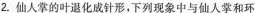
2.仙人掌的叶退化成针形，下列现象中与仙人掌和环